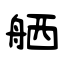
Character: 舾